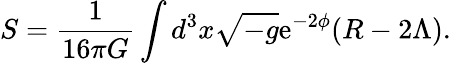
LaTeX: S=\frac{1}{16\pi G}\int d^{3}x\sqrt{-g}\mathrm{{e}}^{-2\phi}(R-2\Lambda).